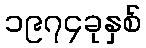
၁၉၇၄ခုနှစ်